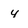
Character: 4